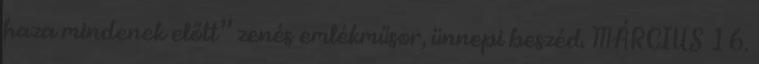
haza mindenek előtt” zenés emlékműsor, ünnepi beszéd. MÁRCIUS 16.